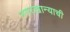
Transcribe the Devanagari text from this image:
नगरखान्याची